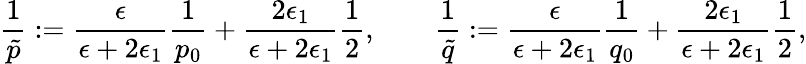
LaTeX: \frac{1}{\tilde{p}}:=\frac{\epsilon}{\epsilon+2\epsilon_{1}}\frac{1}{p_{0}}+\frac{2\epsilon_{1}}{\epsilon+2\epsilon_{1}}\frac{1}{2},\qquad\frac{1}{\tilde{q}}:=\frac{\epsilon}{\epsilon+2\epsilon_{1}}\frac{1}{q_{0}}+\frac{2\epsilon_{1}}{\epsilon+2\epsilon_{1}}\frac{1}{2},